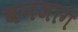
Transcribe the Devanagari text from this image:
बनजाग